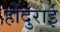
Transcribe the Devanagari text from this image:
होंदुराई